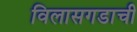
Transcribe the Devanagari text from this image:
विलासगडाची